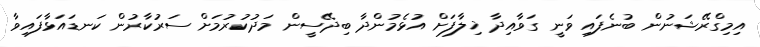
އިމިގްރޭޝަނުން ބުނެފައި ވަނީ ގަވާއިދާ ޚިލާފަށް އުޅެމުންދާ ބިދޭސީން މަދުކުރުމަށް ސަރުކާރުން ކަނޑައަޅާފައިވާ